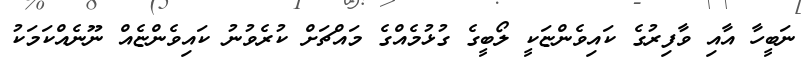
ނަބީހާ އާއި ވާފިރުގެ ކައިވެންޏަކީ ލޯބީގެ ގުޅުމެއްގެ މައްޗަށް ކުރެވުނު ކައިވެންޏެއް ނޫނެއްކަމަކު